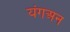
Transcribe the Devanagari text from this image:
यंगअन